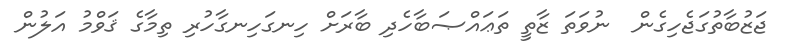
ޖަޒުބާތުގަޖެހިގެން  ނުވަތަ ޒާތީ ތަޢައްޞަބާހެދި ބާރަށް ހިނގަހިނގާހުރި ތިމާގެ ޤަވްމު އަލުން